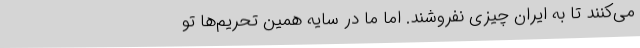
می‌کنند تا به ایران چیزی نفروشند. اما ما در سایه همین تحریم‌ها تو